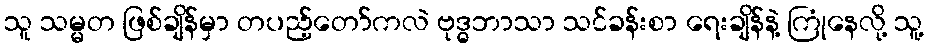
သူ သမ္မတ ဖြစ်ချိန်မှာ တပည့်တော်ကလဲ ဗုဒ္ဓဘာသာ သင်ခန်းစာ ရေးချိန်နဲ့ ကြုံနေလို့ သူ့